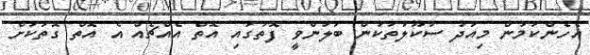
އެހެންކަމުން މިއަދު ސުކޫލުތަކުން ބަލަންވީ ފޮތުގައި އޮތް އެއްޗެއް އެ އޮތް ގޮތަކަށް